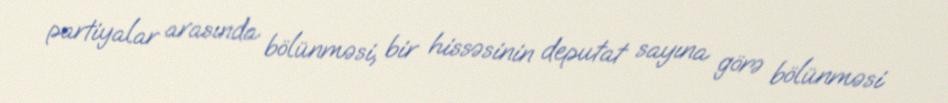
partiyalar arasında bölünməsi, bir hissəsinin deputat sayına görə bölünməsi